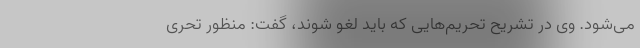
می‌‌شود. وی در تشریح تحریم‌هایی که باید لغو شوند، گفت: منظور تحری